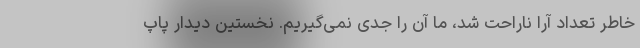
خاطر تعداد آرا ناراحت شد، ما آن را جدی نمی‌گیریم. نخستين ديدار پاپ